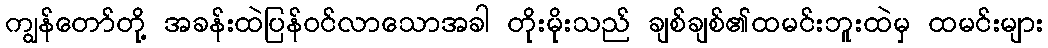
ကျွန်တော်တို့ အခန်းထဲပြန်ဝင်လာသောအခါ တိုးမိုးသည် ချစ်ချစ်၏ထမင်းဘူးထဲမှ ထမင်းများ